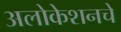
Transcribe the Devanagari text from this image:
अलोकेशनचे